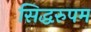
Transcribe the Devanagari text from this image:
सिद्धरुपम